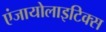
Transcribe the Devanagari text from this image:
एंजायोलाइटिक्स